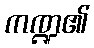
ကဏ္ဍ၏